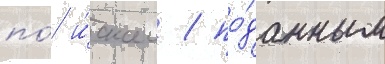
по́ и́скам / по́данным